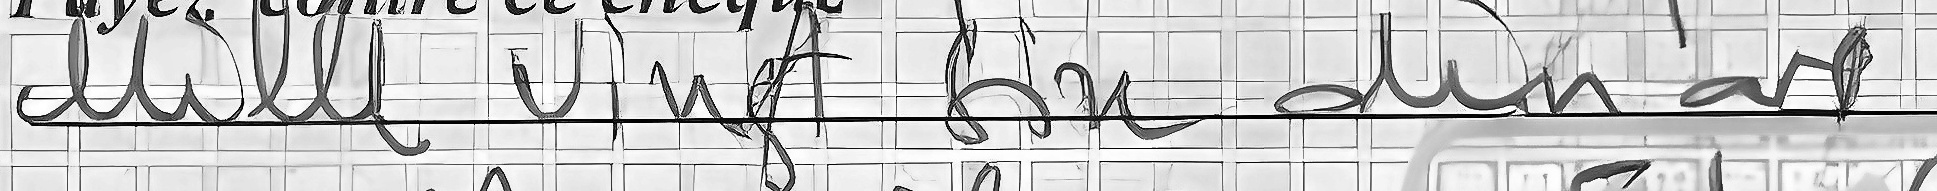
Mille Vingt Six dinars